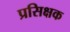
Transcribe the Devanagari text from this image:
प्रसिक्षक